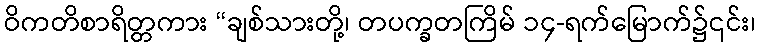
ဝိကတိစာရိတ္တကား “ချစ်သားတို့၊ တပက္ခတကြိမ် ၁၄-ရက်မြောက်၌၎င်း၊